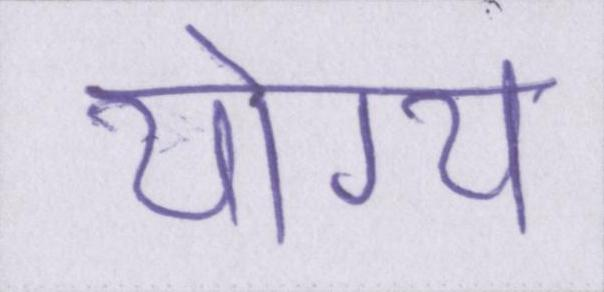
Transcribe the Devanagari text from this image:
योग्य